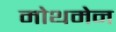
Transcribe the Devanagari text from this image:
मोथमेन